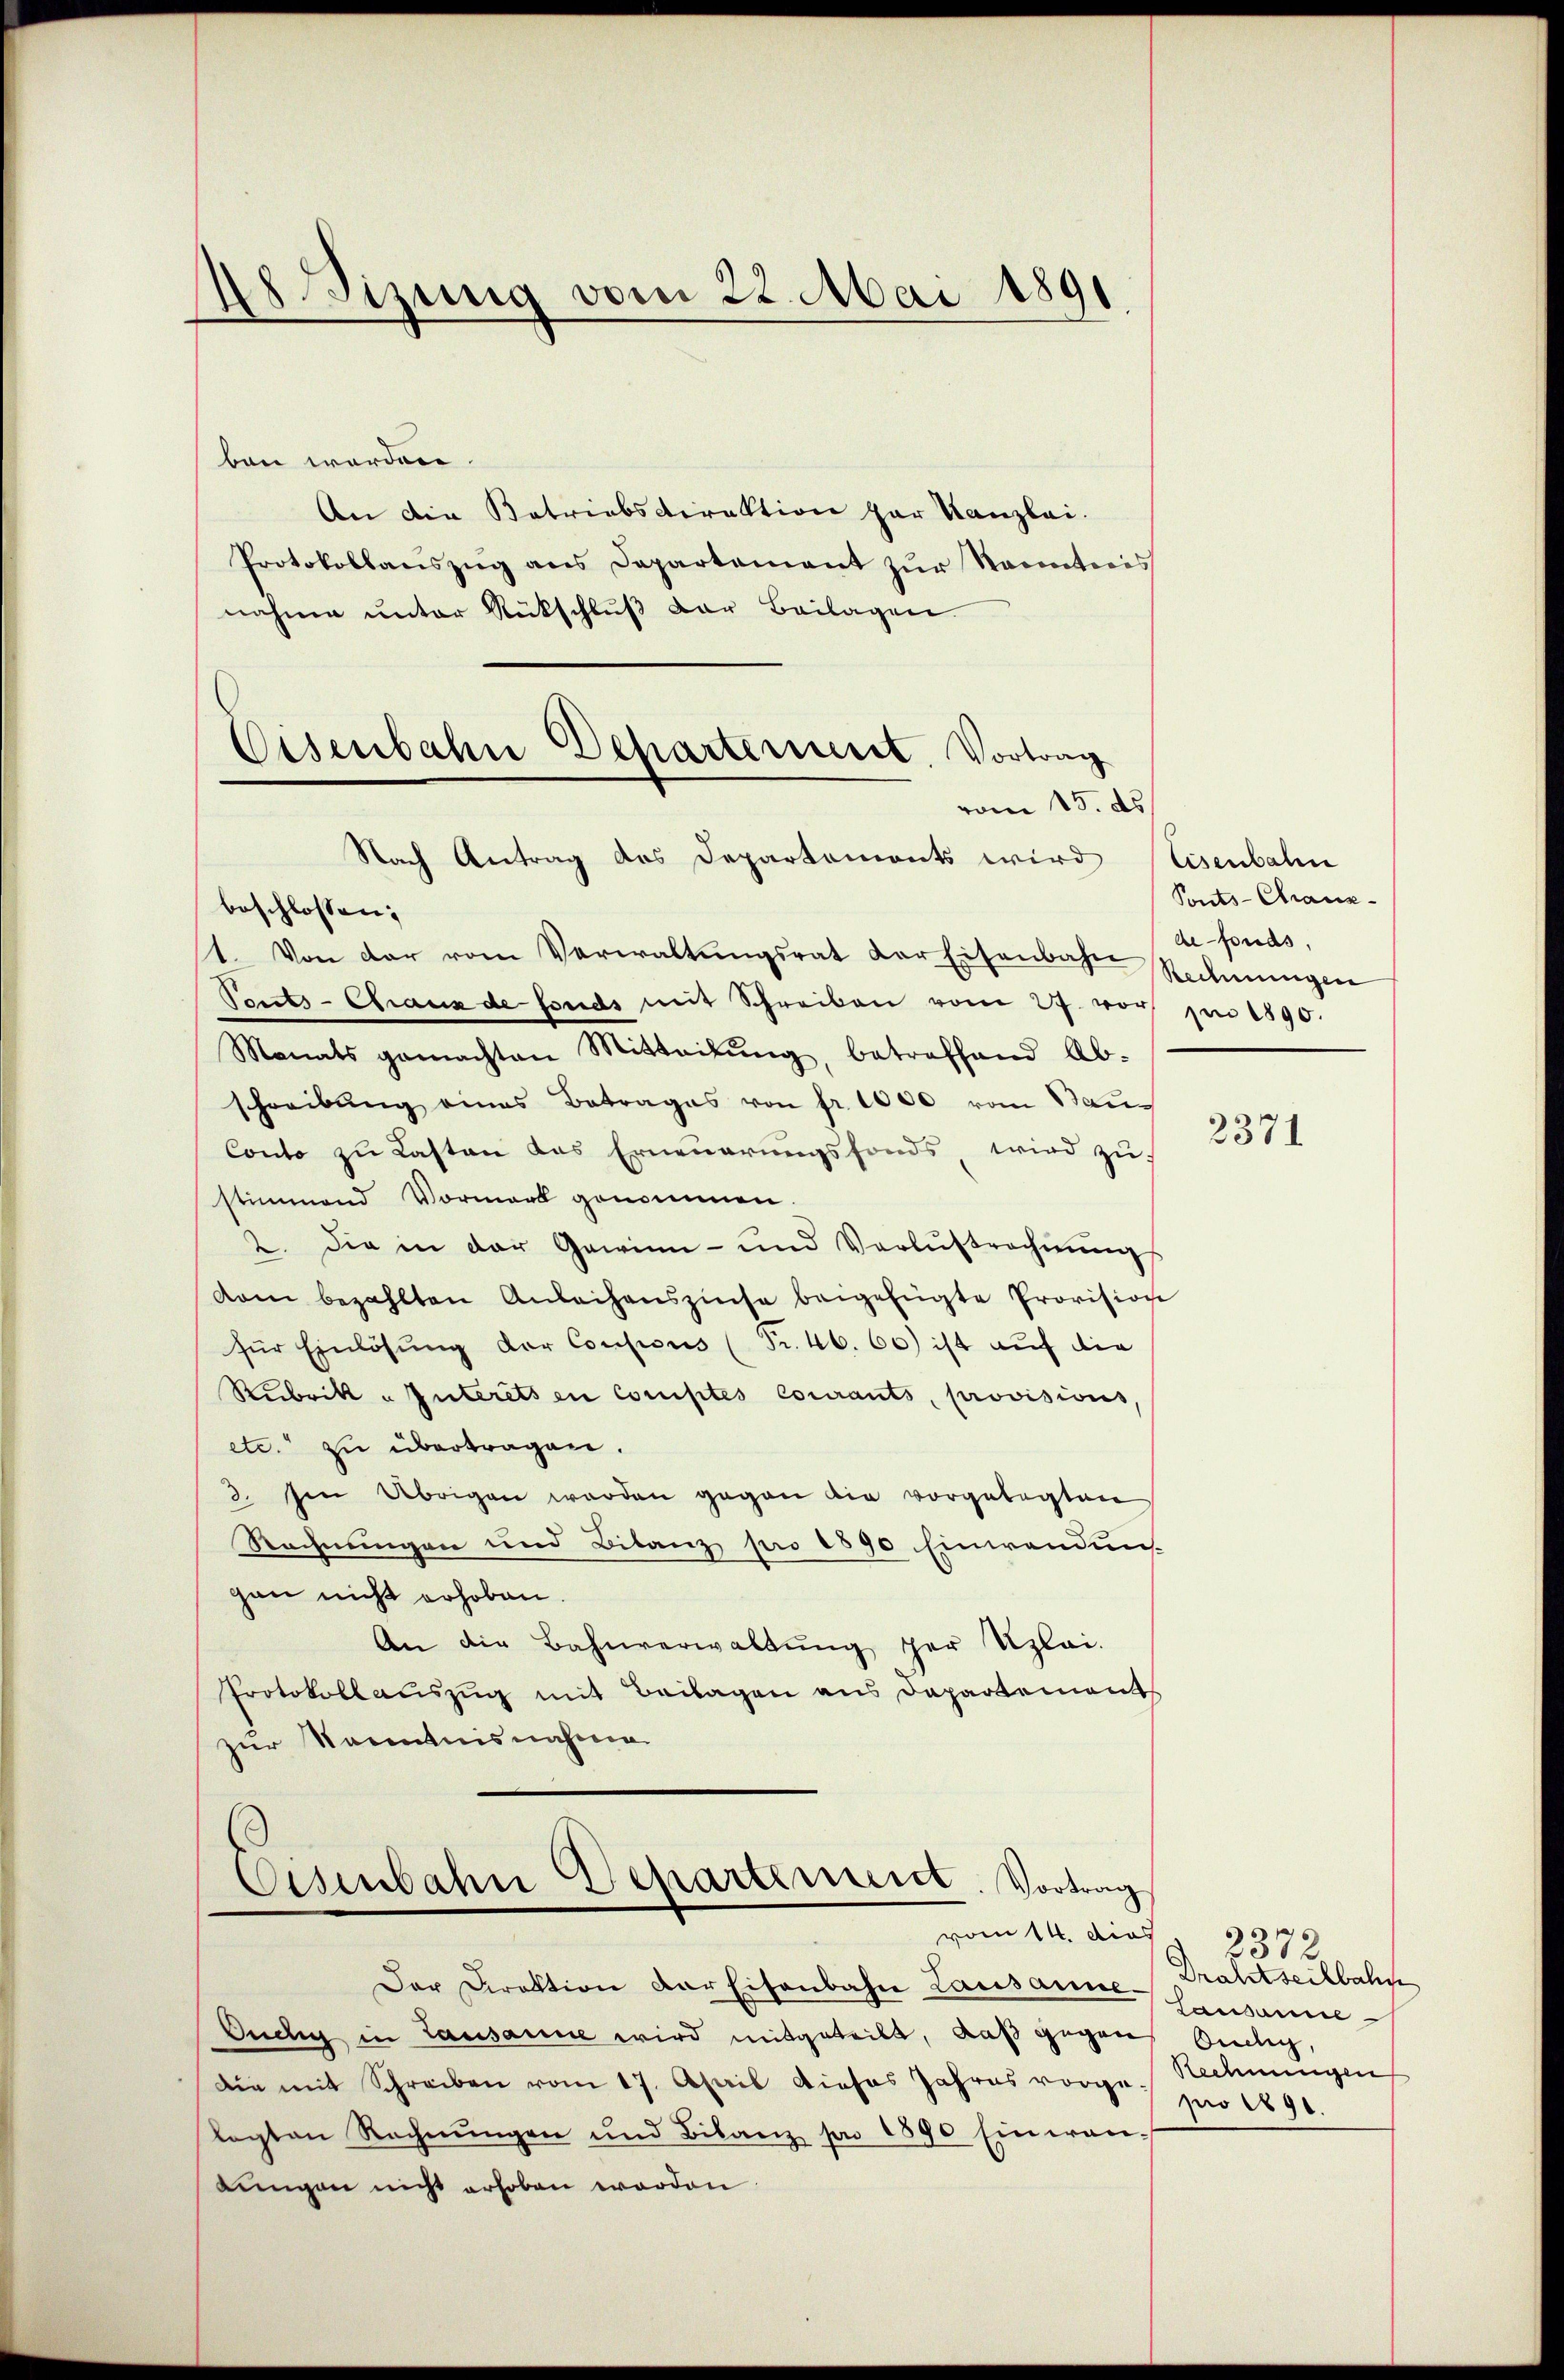
48 Sizung vom 22. Mai 1891.

ben worden
An die Betriebsdirektion par Kanzlei.
Protokollaŭszŭg ans Departement zŭr Sainteris
nahme ŭnter Rückschlŭβ der Beilagen.

Nach Antrag des Departements wird Heisenbahn
beschlossen:
1. Von der vom Verwaltŭngsrat der Eisenbahne Rechnŭngen
Tonts-Chranz de fonds mit Schreiben vom 27. vor zu 1890.
Monats gemachten Mitteilŭng, betreffend Ab-
schreibŭng eines Betrages von fr. 1000 vom Bau¬
Conto zu Lasten das Erneuerungsfonds wird zu
stimmend Vormark genommen.
2. Die in der Gewinn- und Verlustrechnŭng
vam bezahlten Anleihenszinse beigefügte Provision
für Einlösung der Consisus (Fr. 46. 60) ist auf die
Rubrik „Interets en comptés courants, provisions,
etc. zu übertragen.
3. Im Übrigen werden gegen die vorgelegten
Rechnungen und Bilanz pro 1890 Einwendun
gan nicht erhoben.
An die Bahnverwaltŭng der Uzlei-
Protokollauszug mit Beilagen aus Departements
zur Kenntnisnahme
Eisenbahn Departement. Vortrag

Eisenbahne Departerneret. Vortrag
vom 15. ds.

vom 14. dies

Der Direktion der Eisenbahn Lausanne Drahtseitbahn
Ouchig in Lausanne wird mitgeteilt, daß gegen
Die mit Schreiben vom 17. April dieses Jahres vorge. Rechnungen
Kagten Rechnŭngen und Bilanz pr 1890 Einwan-
Lungen nicht erhoben worden.

Ponts-Chaux-
defonds,

2371

3372.
Lausanne
Ouchig,
pro 1891.